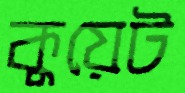
কুয়েট